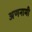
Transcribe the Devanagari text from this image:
अणनामी